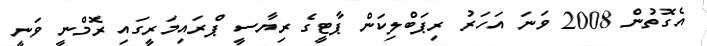
އެގޮތުން 2008 ވަނަ އަހަރު ރިޕަބްލިކަން ޕާޓީގެ ރިޔާސީ ޕްރައިމަރީގައި ރޮމްނީ ވަނީ